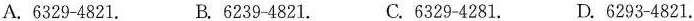
A.6329-4821. B. 6239-4821. C. 6329-4281. D.6293-4821.